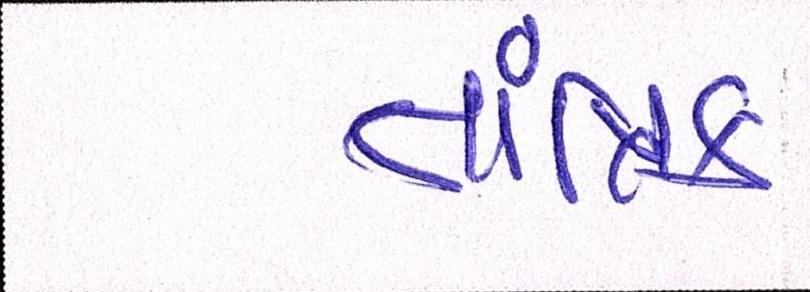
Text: તાંત્રિક